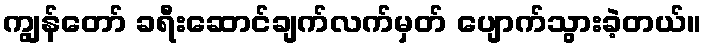
ကျွန်တော် ခရီးဆောင်ချက်လက်မှတ် ပျောက်သွားခဲ့တယ်။